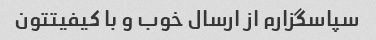
سپاسگزارم از ارسال خوب و با کیفیتتون